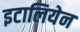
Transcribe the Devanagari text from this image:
इटालियेन